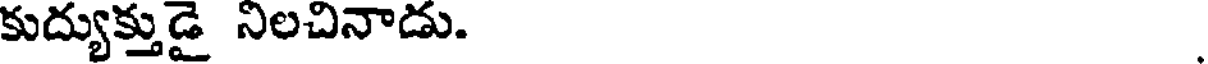
కుద్యుక్తుడై నిలచినాడు.